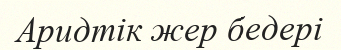
Аридтік жер бедері